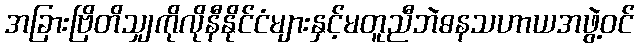
အခြားဗြိတိသျှကိုလိုနီနိုင်ငံများနှင့်မတူညီဘဲဓနသဟာယအဖွဲ့ဝင်